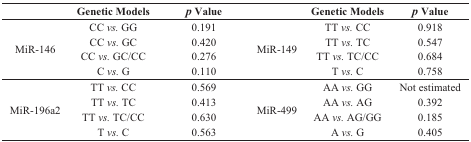
|  | Genetic Models | p Value |  | Genetic Models | p Value |
 | --- | --- | --- | --- | --- | --- |
 | <ROWSPAN=4> MiR-146 | CC vs. GG | 0.191 | <ROWSPAN=4> MiR-149 | TT vs. CC | 0.918 |
 | CC vs. GC | 0.420 | TT vs. TC | 0.547 |
 | CC vs. GC/CC | 0.276 | TT vs. TC/CC | 0.684 |
 | C vs. G | 0.110 | T vs. C | 0.758 |
 | <ROWSPAN=4> MiR-196a2 | TT vs. CC | 0.569 | <ROWSPAN=4> MiR-499 | AA vs. GG | Not estimated |
 | TT vs. TC | 0.413 | AA vs. AG | 0.392 |
 | TT vs. TC/CC | 0.630 | AA vs. AG/GG | 0.185 |
 | T vs. C | 0.563 | A vs. G | 0.405 |